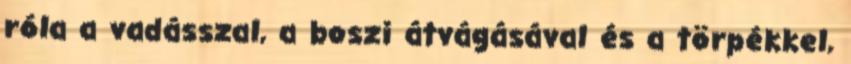
róla a vadásszal, a boszi átvágásával és a törpékkel,